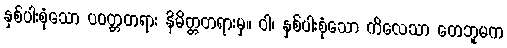
နှစ်ပါးစုံသော ပဝတ္တတရား နိမိတ္တတရားမှ။ ဝါ၊ နှစ်ပါးစုံသော ကိလေသာ တေဘူမက